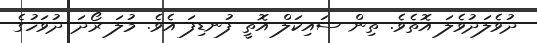
ދުވެލަދުވެލަ އޮތެވެ. ތިން ސައިކަލް އޮތީ ފުނޑިފަ އެވެ. މުލަ ރޯދަ ދުވަހުގެ